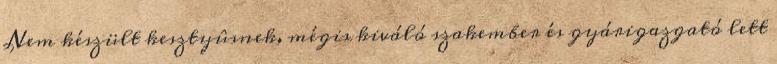
Nem készült kesztyûsnek, mégis kiváló szakember és gyárigazgató lett